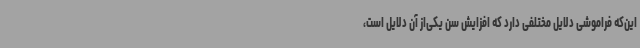
این‌که فراموشی دلایل مختلفی دارد که افزایش سن یکی‌از آن دلایل است،